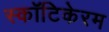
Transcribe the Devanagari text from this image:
स्कॉटिकेरम